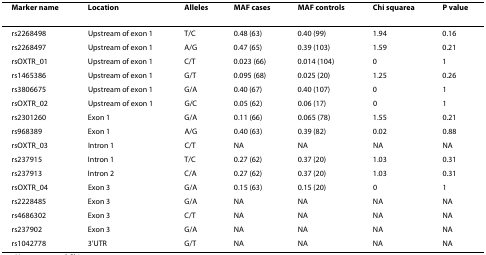
<table><thead><tr><td><b>Marker name</b></td><td><b>Location</b></td><td><b>Alleles</b></td><td><b>MAF cases</b></td><td><b>MAF controls</b></td><td><b>Chi squarea</b></td><td><b>P value</b></td></tr></thead><tbody><tr><td>rs2268498</td><td>Upstream of exon 1</td><td>T/C</td><td>0.48 (63)</td><td>0.40 (99)</td><td>1.94</td><td>0.16</td></tr><tr><td>rs2268497</td><td>Upstream of exon 1</td><td>A/G</td><td>0.47 (65)</td><td>0.39 (103)</td><td>1.59</td><td>0.21</td></tr><tr><td>rsOXTR_01</td><td>Upstream of exon 1</td><td>C/T</td><td>0.023 (66)</td><td>0.014 (104)</td><td>0</td><td>1</td></tr><tr><td>rs1465386</td><td>Upstream of exon 1</td><td>G/T</td><td>0.095 (68)</td><td>0.025 (20)</td><td>1.25</td><td>0.26</td></tr><tr><td>rs3806675</td><td>Upstream of exon 1</td><td>G/A</td><td>0.40 (67)</td><td>0.40 (107)</td><td>0</td><td>1</td></tr><tr><td>rsOXTR_02</td><td>Upstream of exon 1</td><td>G/C</td><td>0.05 (62)</td><td>0.06 (17)</td><td>0</td><td>1</td></tr><tr><td>rs2301260</td><td>Exon 1</td><td>G/A</td><td>0.11 (66)</td><td>0.065 (78)</td><td>1.55</td><td>0.21</td></tr><tr><td>rs968389</td><td>Exon 1</td><td>A/G</td><td>0.40 (63)</td><td>0.39 (82)</td><td>0.02</td><td>0.88</td></tr><tr><td>rsOXTR_03</td><td>Intron 1</td><td>C/T</td><td>NA</td><td>NA</td><td>NA</td><td>NA</td></tr><tr><td>rs237915</td><td>Intron 1</td><td>T/C</td><td>0.27 (62)</td><td>0.37 (20)</td><td>1.03</td><td>0.31</td></tr><tr><td>rs237913</td><td>Intron 2</td><td>C/A</td><td>0.27 (62)</td><td>0.37 (20)</td><td>1.03</td><td>0.31</td></tr><tr><td>rsOXTR_04</td><td>Exon 3</td><td>G/A</td><td>0.15 (63)</td><td>0.15 (20)</td><td>0</td><td>1</td></tr><tr><td>rs2228485</td><td>Exon 3</td><td>G/A</td><td>NA</td><td>NA</td><td>NA</td><td>NA</td></tr><tr><td>rs4686302</td><td>Exon 3</td><td>C/T</td><td>NA</td><td>NA</td><td>NA</td><td>NA</td></tr><tr><td>rs237902</td><td>Exon 3</td><td>G/A</td><td>NA</td><td>NA</td><td>NA</td><td>NA</td></tr><tr><td>rs1042778</td><td>3'UTR</td><td>G/T</td><td>NA</td><td>NA</td><td>NA</td><td>NA</td></tr></tbody></table>